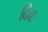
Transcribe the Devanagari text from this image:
दिवः